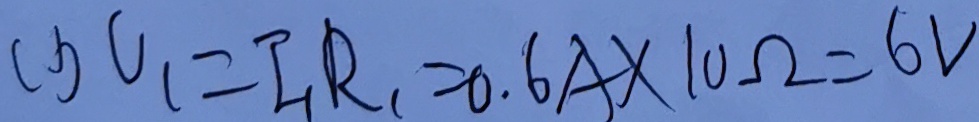
( 1 ) V _ { 1 } = I _ { 1 } R _ { 1 } = 0 . 6 A \times 1 0 \Omega = 6 V